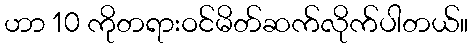
ဟာ 10 ကိုတရားဝင်မိတ်ဆက်လိုက်ပါတယ်။